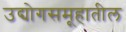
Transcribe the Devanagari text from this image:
उद्योगसमूहातील